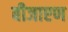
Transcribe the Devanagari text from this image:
बीजाएण